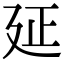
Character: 𢌛